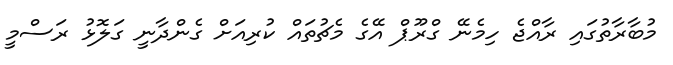
މުބާރާތުގައި ރާއްޖެ ހިމެނޭ ގްރޫޕް އޭގެ މެޗުތައް ކުރިއަށް ގެންދާނީ ގަލޮޅު ރަސްމީ